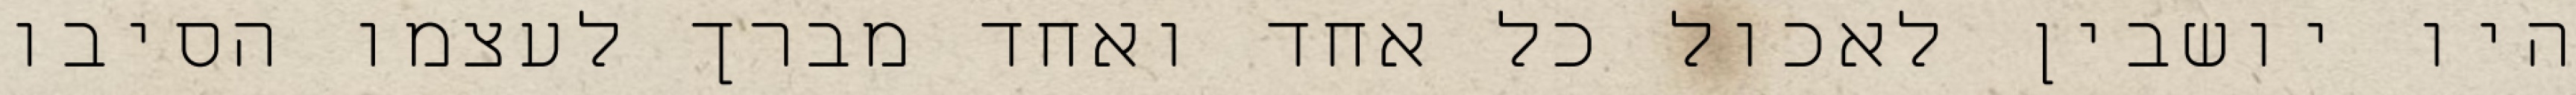
היו יושבין לאכול כל אחד ואחד מברך לעצמו הסיבו